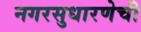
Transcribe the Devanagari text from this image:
नगरसुधारणेची